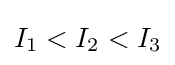
I_{1}<I_{2}<I_{3}